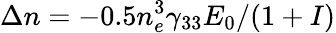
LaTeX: \Delta n=-0.5{n}_{e}^{3}{\gamma}_{33}{E}_{0}/(1+I)